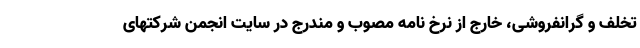
تخلف و گرانفروشی، خارج از نرخ نامه مصوب و مندرج در سایت انجمن شرکتهای